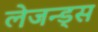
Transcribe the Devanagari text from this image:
लेजन्ड्स